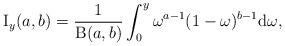
LaTeX: \begin{align*}\operatorname{I}_{y}(a,b) = \frac{1}{\operatorname{B}(a,b)}\int^{y}_{0} \omega^{a-1}(1-\omega)^{b-1}\mathrm{d}\omega,\end{align*}